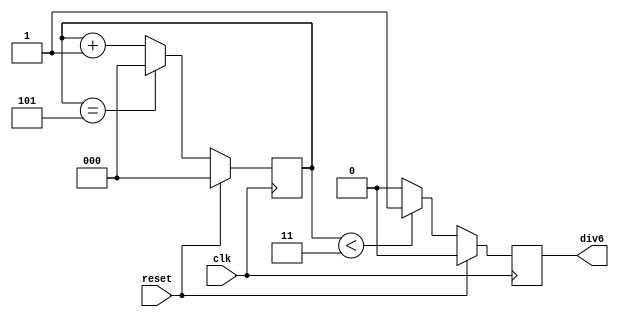
//6
module divider_6(
    reset,
    clk,
    div6
);
input reset;
input clk;
output reg div6;
reg cout;
reg [2:0]counter;

always @(posedge clk)
begin
    if(reset)
    begin
        counter <= 3'b000;
    end
    else if(counter == 3'd5)
    begin
        counter <= 3'b000;
    end
    else
    begin
        counter <= counter + 1;
    end
end

always @(posedge clk)
begin
    if(reset)
    begin
        div6 <= 1'b0;
    end
    else if(counter < 3'd3)
    begin
        div6 <= 1'b1;
    end
    else
    begin
        div6 <= 1'b0;
    end
end
endmodule